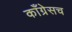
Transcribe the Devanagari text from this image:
काँग्रेसच